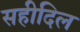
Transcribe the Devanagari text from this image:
सहीदिल